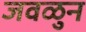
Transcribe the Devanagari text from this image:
जवळुन